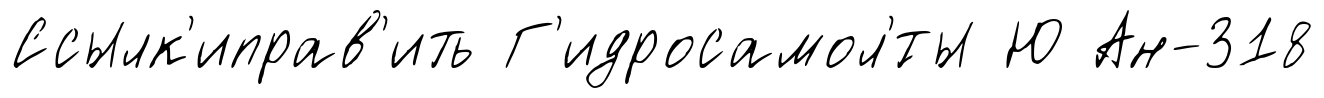
Ссылк'иправ'ить Г'идросамол'́ты Ю Ан-318